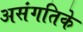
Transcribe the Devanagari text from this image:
असंगतिके